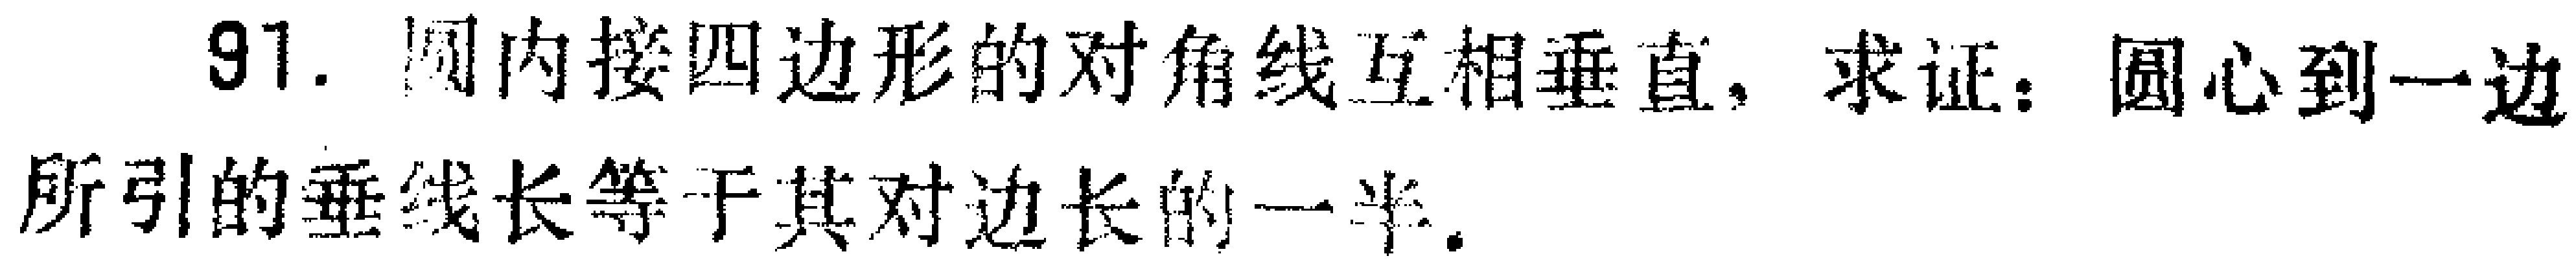
91. 圆内接四边形的对角线互相垂直，求证：圆心到一边所引的垂线长等于其对边长的一半.